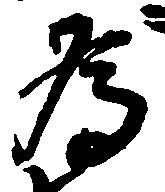
為